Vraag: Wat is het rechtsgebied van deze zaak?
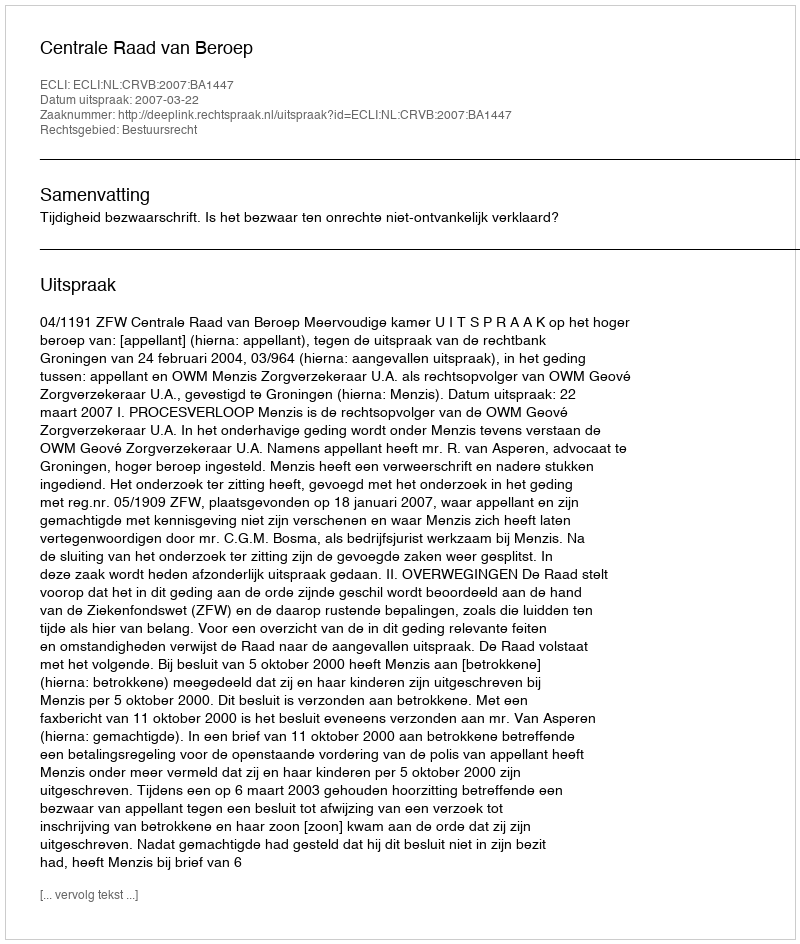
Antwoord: Bestuursrecht